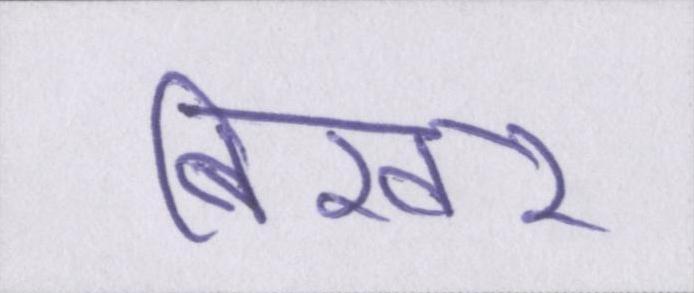
बिखर